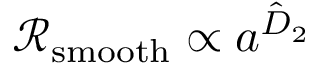
\mathscr { R } _ { \mathrm { s m o o t h } } \propto a ^ { \hat { D } _ { 2 } }